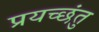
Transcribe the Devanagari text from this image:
प्रयच्छंतु